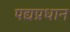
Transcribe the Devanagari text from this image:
पद्यप्रधान